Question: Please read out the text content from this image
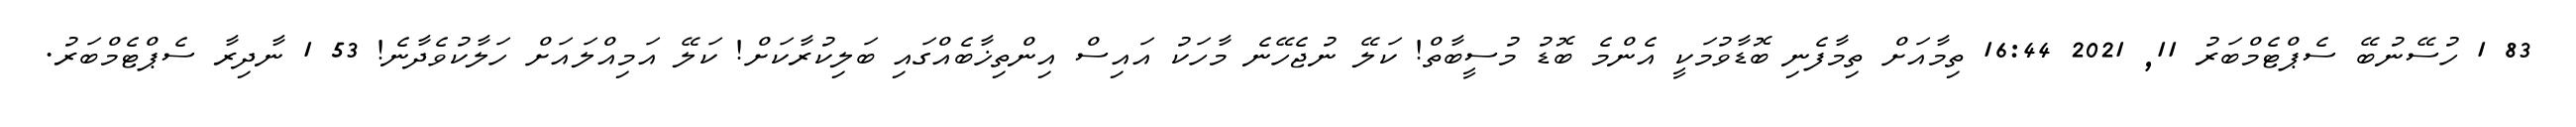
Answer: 83 1 ހުސޭނުބޭ ސެޕްޓެމްބަރު 11, 2021 16:44 ތިމާއަށް ތިމާފެނި ބޮޑާވުމަކީ އެންމެ ބޮޑު މުސީބާތް! ކަލޭ ނުޖެހޭނެ މާހަކު އައިސް އިންތިޚާބެއްގައި ބަލިކުރާކަށް! ކަލޭ އަމިއްލައަށް ހަލާކުވެދާނެ! 53 1 ނާދިރާ ސެޕްޓެމްބަރު.